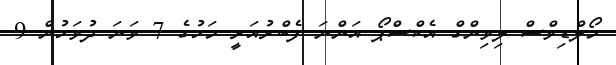
މޯލްޑިވްސް ލިވިންގް އެކްސްޕޯ އަންނަ ފެބްރުއަރީ މަހުގެ 7 ވަނަ ދުވަހުން 9